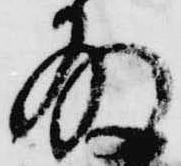
殿